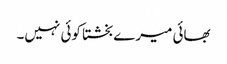
بھائی میرے بخشتا کوئی نہیں۔